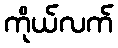
ကိုယ်လက်